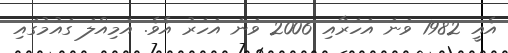
އެއީ 1982 ވަނަ އަހަރާއި 2006 ވަނަ އަހަރު އެވެ. އަމިއްލަ ގައުމުގައި